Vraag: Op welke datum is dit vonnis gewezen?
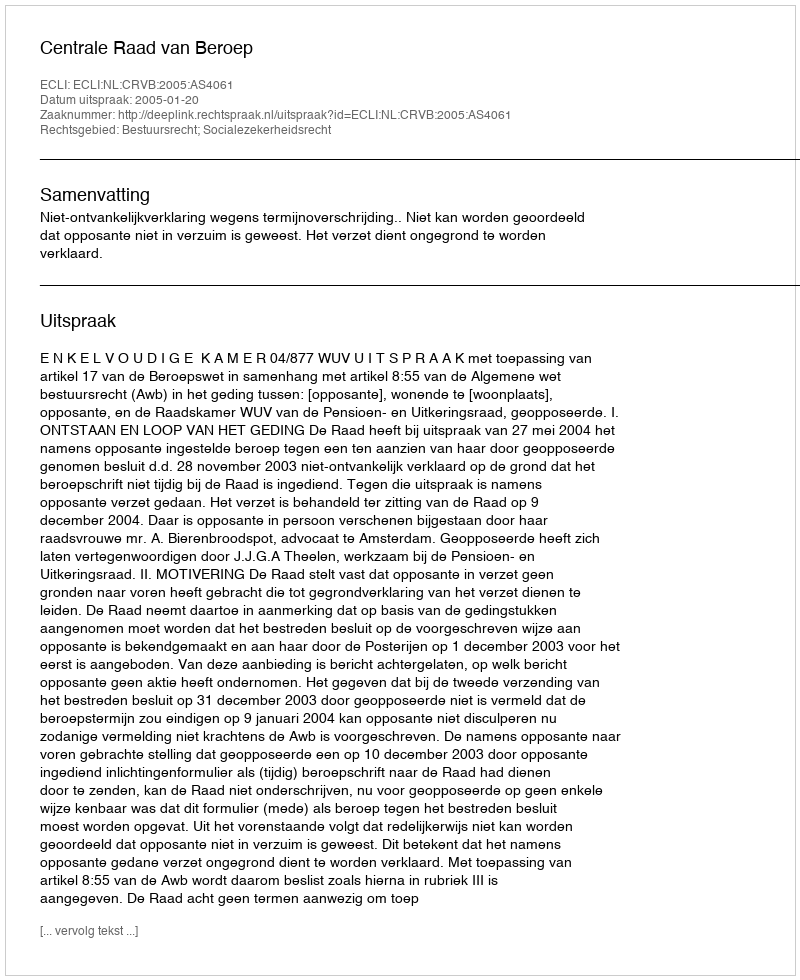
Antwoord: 2005-01-20